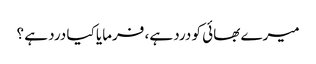
میرے بھائی کو درد ہے، فرمایا کیا درد ہے ؟